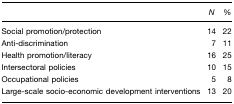
|  | N | % |
 | --- | --- | --- |
 | Social promotion/protection | 14 | 22 |
 | Anti-discrimination | 7 | 11 |
 | Health promotion/literacy | 16 | 25 |
 | Intersectoral policies | 10 | 15 |
 | Occupational policies | 5 | 8 |
 | Large-scale socio-economic development interventions | 13 | 20 |